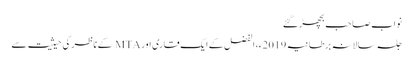
نواب صاحب بچھڑ گئے
جلسہ سالانہ برطانیہ 2019ء، الفضل کے ایک قاری اور MTA کے ناظر کی حیثیت سے